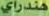
هندراي